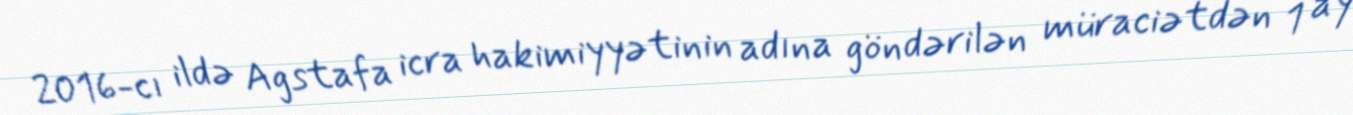
2016-cı ildə Agstafa icra hakimiyyətinin adına göndərilən müraciətdən 1 ay